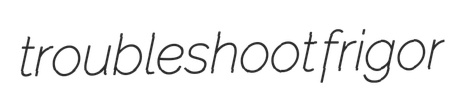
troubleshoot frigor